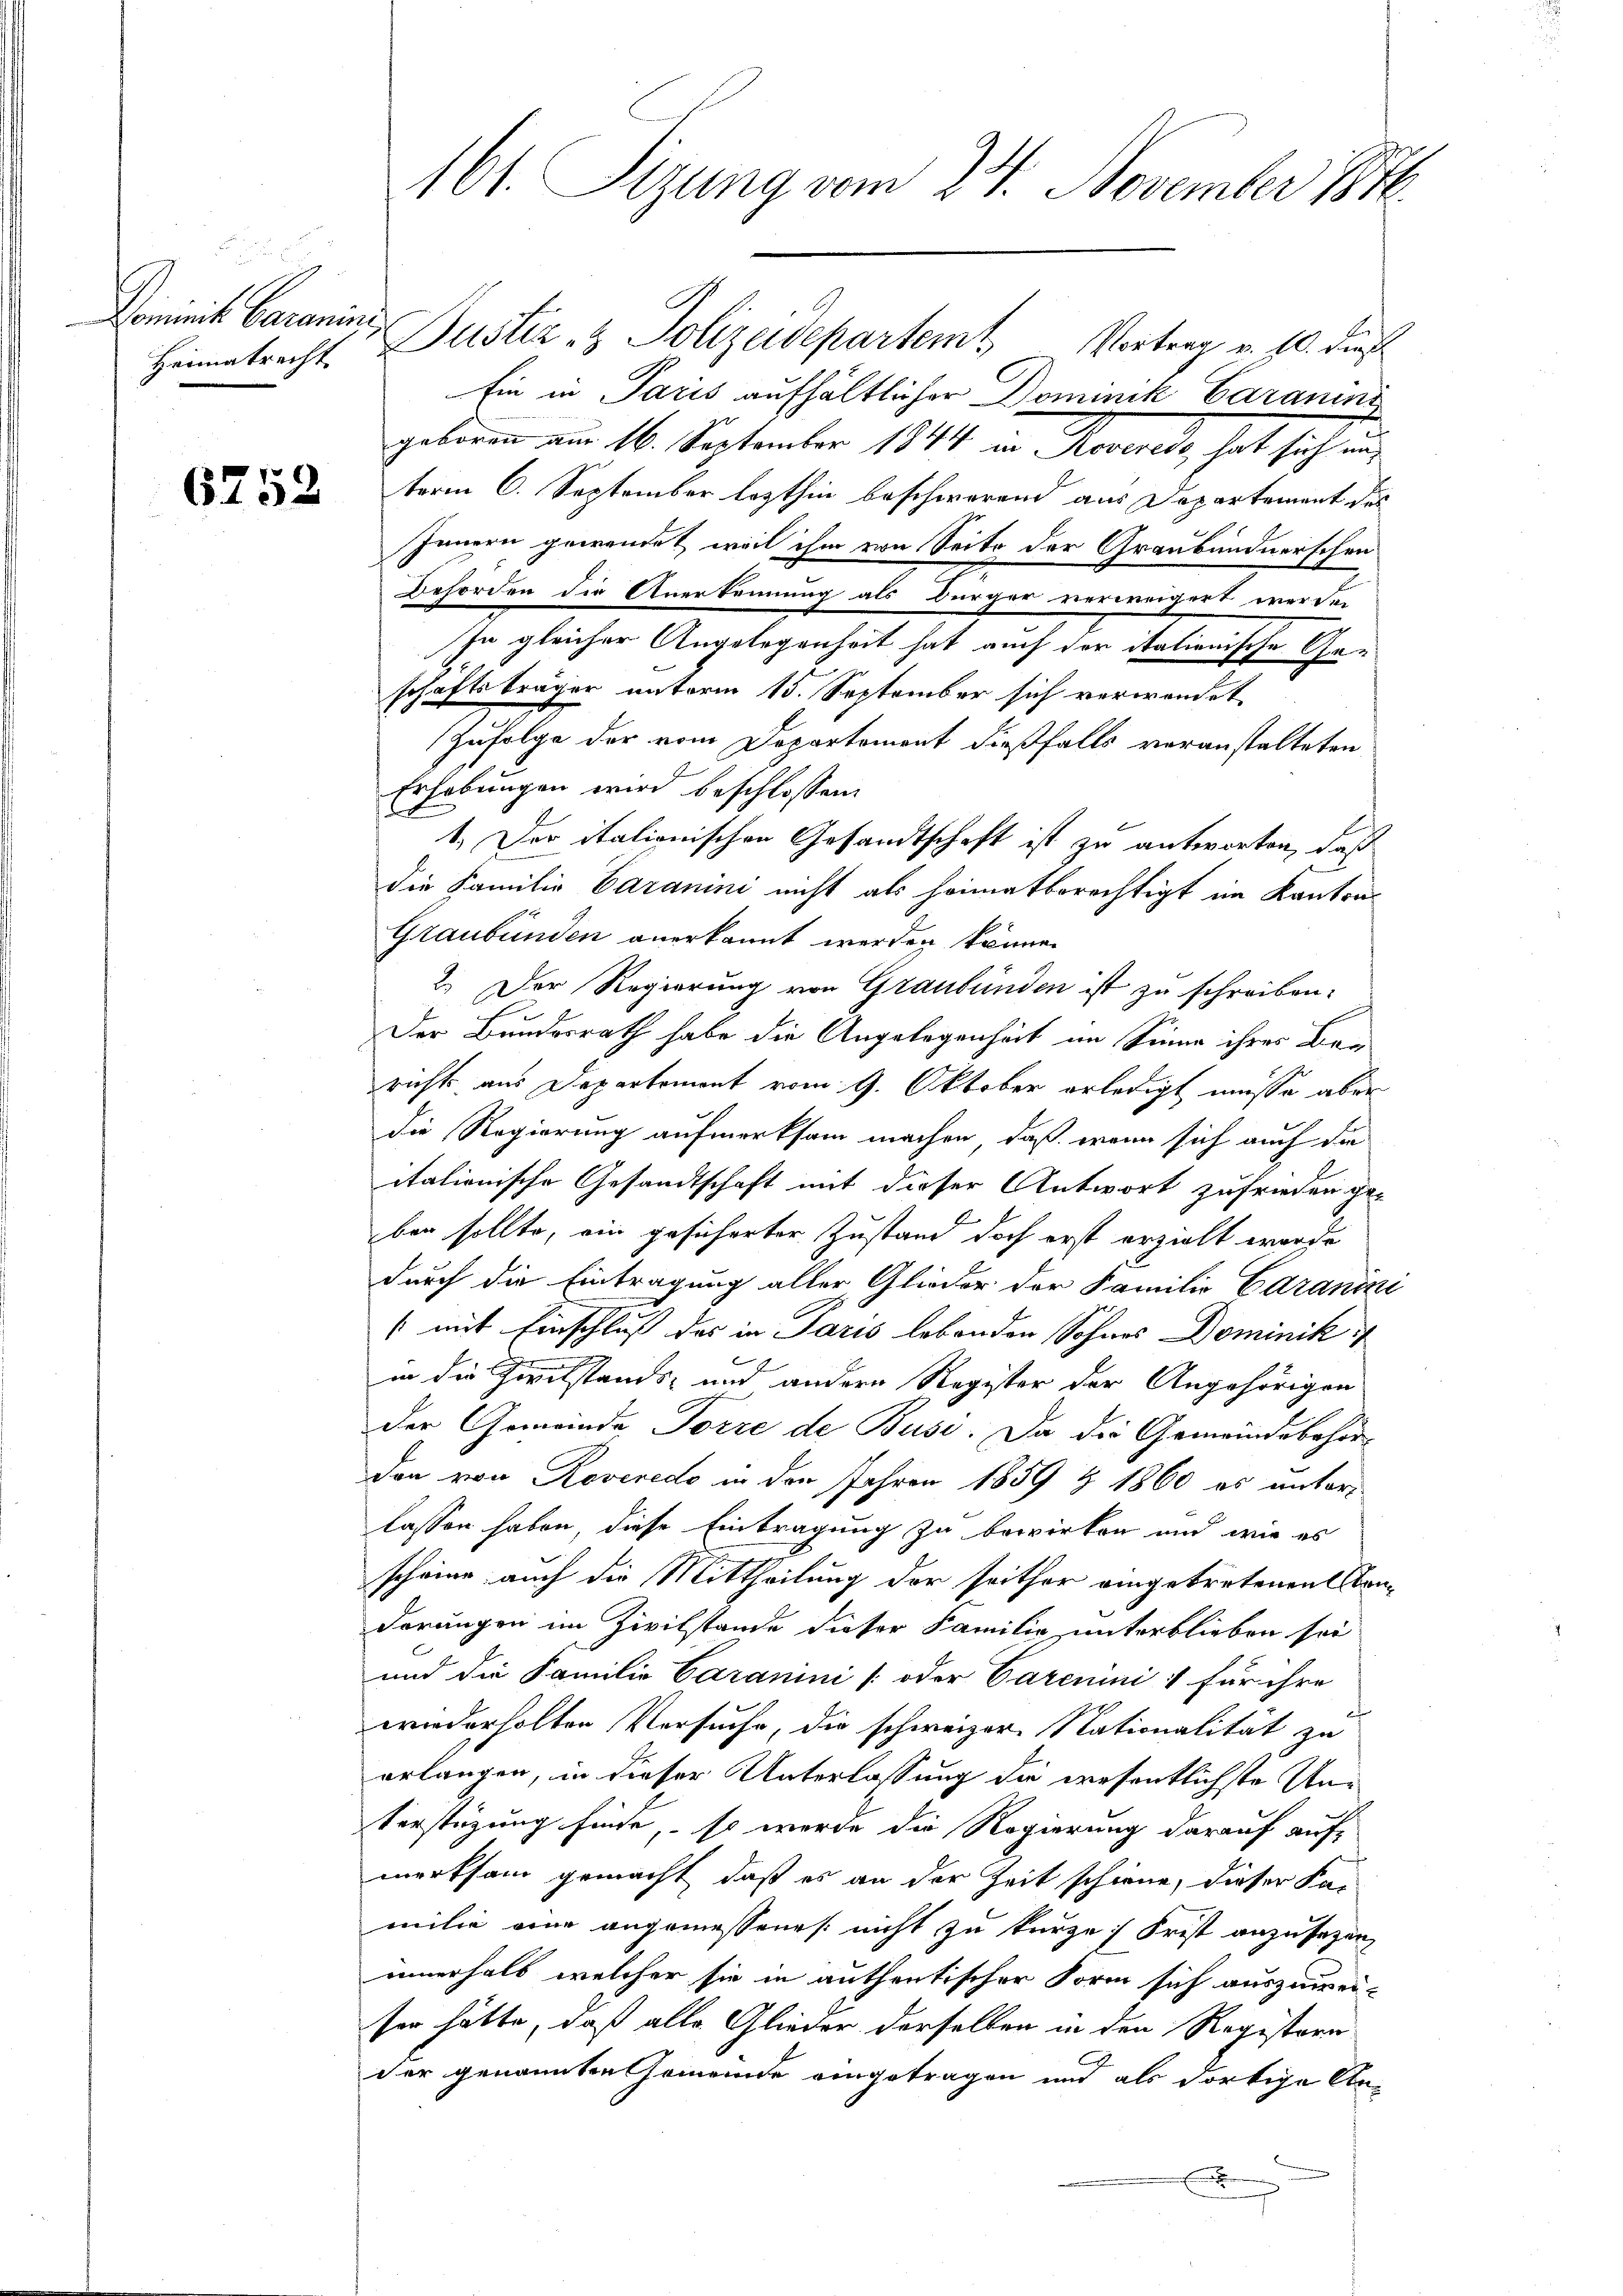
Domit Baronin
Heimatrecht

6752

161. Sizung vom 24. November 1876.

Justiz & Polizeidepartem Vortrag v. 10. dies
Ein in Paris aufhältlicher Dominik Garanins
2
geboren am 16. September 1844 in Reverede, hat sich in
term 6. September lezthin beschwerend aus Departement des
Innern gewendet, weil ihm von Seite der Graubündnerschen
Beforden die Anerkennung als Bürger verweigert werden
In gleicher Angelegenheit hat auch der italienische Ge-
schaftsträger unterm 15. September sich verwendet
Zufolge der vom Departement dießfalls voranstalteten
Erhebungen wird beschlossen:
1. Der italionischen Gesandtschaft ist zu antworten, daß
die Familie Caramini nicht als heimatberechtigt im Kantons
Graubünden anerkannt werden könne.
2.) Der Regierung von Graubünden ist zu schreiben.
Der Bundesrath habe die Angelegenheit im Sinne ihres Bar
richt aus Departement vom 9. Oktober erledigt müsse aber
die Regierung aufmerksam machen, daß wenn sich auch die
itationische Gesandtschaft mit dieser Antwort zufrieden ge-
ben sollte, ein gesicherter Zustand doch erst erzieht worde
durch die Eintragung aller Glieder der Familie Edranini
(mit Einschluß des in Paris lebenden Sohnes Dominik
in die Zivilstands- und andern Register der Angehörigen
der Gemeinde Porze de Buse. Da die Gemeindebehörden von Roveredo in den Jahren 1859 & 1860 es unterlassen haben, diese Eintragung zu bewirken und wie es
scheine auch die Mittheilung der seither eingetretenen Condörungen im Zivilstande dieser Familie unterblieben sei
und die Familie Garanini (oder Carenini & für ihre
wiederholten Versuche, die schweizer Nationalität zu
erlangen, in dieser Unterlassung die wesentlichste Un¬
Verstüzung finde, so werde die Regierung darauf auf-
merksam gemacht, daß es an der Zeit schiene, dieser Fa-
milie von angemessenes nicht zu kurze Frist anzusehen,
innerhalb welcher sie in anthentischer Form sich auszuwei-
ser hätte, daß alle Glieder derselben in den Registern
der genannten Gemeinde eingetragen und als dortige An-
E